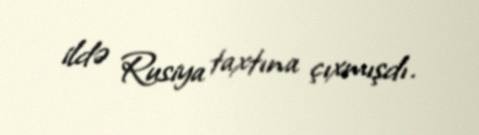
ildə Rusiya taxtına çıxmışdı.